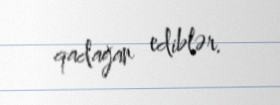
qadağan ediblər.